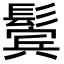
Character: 鬓